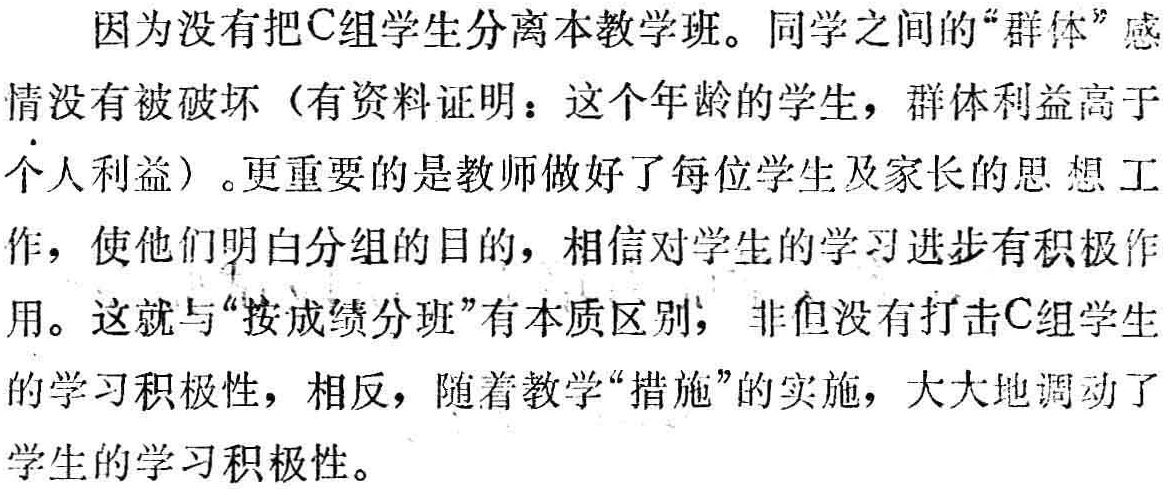
因为没有把C组学生分离本教学班。同学之间的“群体”感情没有被破坏（有资料证明：这个年龄的学生，群体利益高于个人利益）。更重要的是教师做好了每位学生及家长的思想工作，使他们明白分组的目的，相信对学生的学习进步有积极作用。这就与“按成绩分班”有本质区别，非但没有打击C组学生的学习积极性，相反，随着教学“措施”的实施，大大地调动了学生的学习积极性。